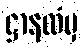
ဌာနထံမှ